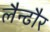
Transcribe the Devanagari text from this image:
लैन्ढौर